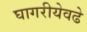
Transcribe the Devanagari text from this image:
घागरीयेवढे